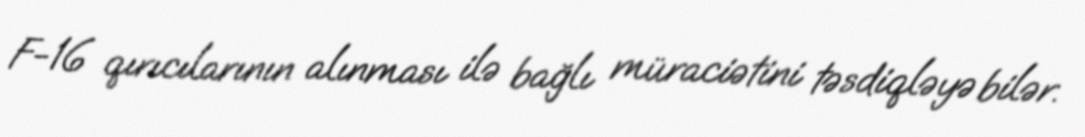
F-16 qırıcılarının alınması ilə bağlı müraciətini təsdiqləyə bilər.